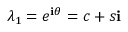
\lambda _ { 1 } = e ^ { \mathbf { i } \theta } = c + s \mathbf { i }